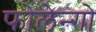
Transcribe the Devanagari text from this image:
फोलेन्गो